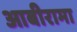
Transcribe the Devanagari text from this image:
आबीरामा